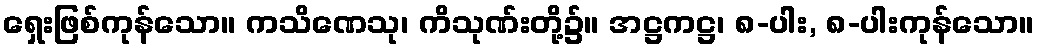
ရှေးဖြစ်ကုန်သော။ ကသိဏေသု၊ ကိသုဏ်းတို့၌။ အဋ္ဌကဋ္ဌ၊ ၈-ပါး, ၈-ပါးကုန်သော။